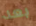
بعد